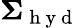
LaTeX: \mathbf{\Sigma}_{\mathrm{~h~y~d~}}